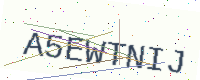
Text: A5EWTNIJ